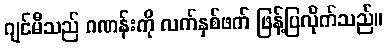
ဂျင်မီသည် ဂဏန်းကို လက်နှစ်ဖက် ဖြန့်ပြလိုက်သည်။